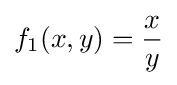
{f_{1}(x,y)={\frac {x}{y}}}